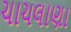
ચાચલાણા